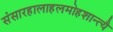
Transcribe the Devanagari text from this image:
संसारहालाहलमोहशान्त्यै